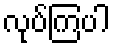
လုပ်ကြပါ